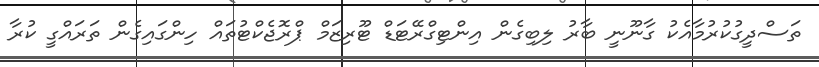
ތަސްދީގުކުރުމާއެކު ގާނޫނީ ބާރު ލިބިގެން އިންޓިގްރޭޓަޑް ޓޫރިޒަމް ޕްރޮޖެކްޓުތައް ހިންގައިގެން ތަރައްގީ ކުރާ